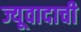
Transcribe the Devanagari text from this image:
ज्यूवादाची